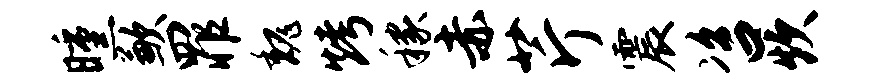
曛歉罪魏烤稼赤芹震咨炊